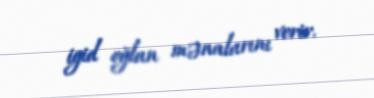
igid oğlan mənalarını verir.